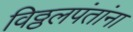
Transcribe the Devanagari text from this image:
विठ्ठलपंतांना